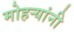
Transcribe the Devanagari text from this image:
मोहऱ्यांनी